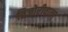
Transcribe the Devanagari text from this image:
तिजोरीवाला